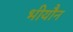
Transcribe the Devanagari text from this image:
भीयौन